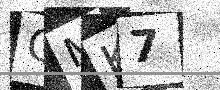
Text: GMK7